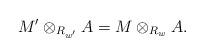
LaTeX: \begin{align*}M' \otimes_{R_{w'}} A = M \otimes_{R_w} A.\end{align*}